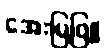
အေးမြဖြူ